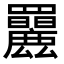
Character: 𦍄